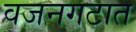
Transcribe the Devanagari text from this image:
वजनगटात